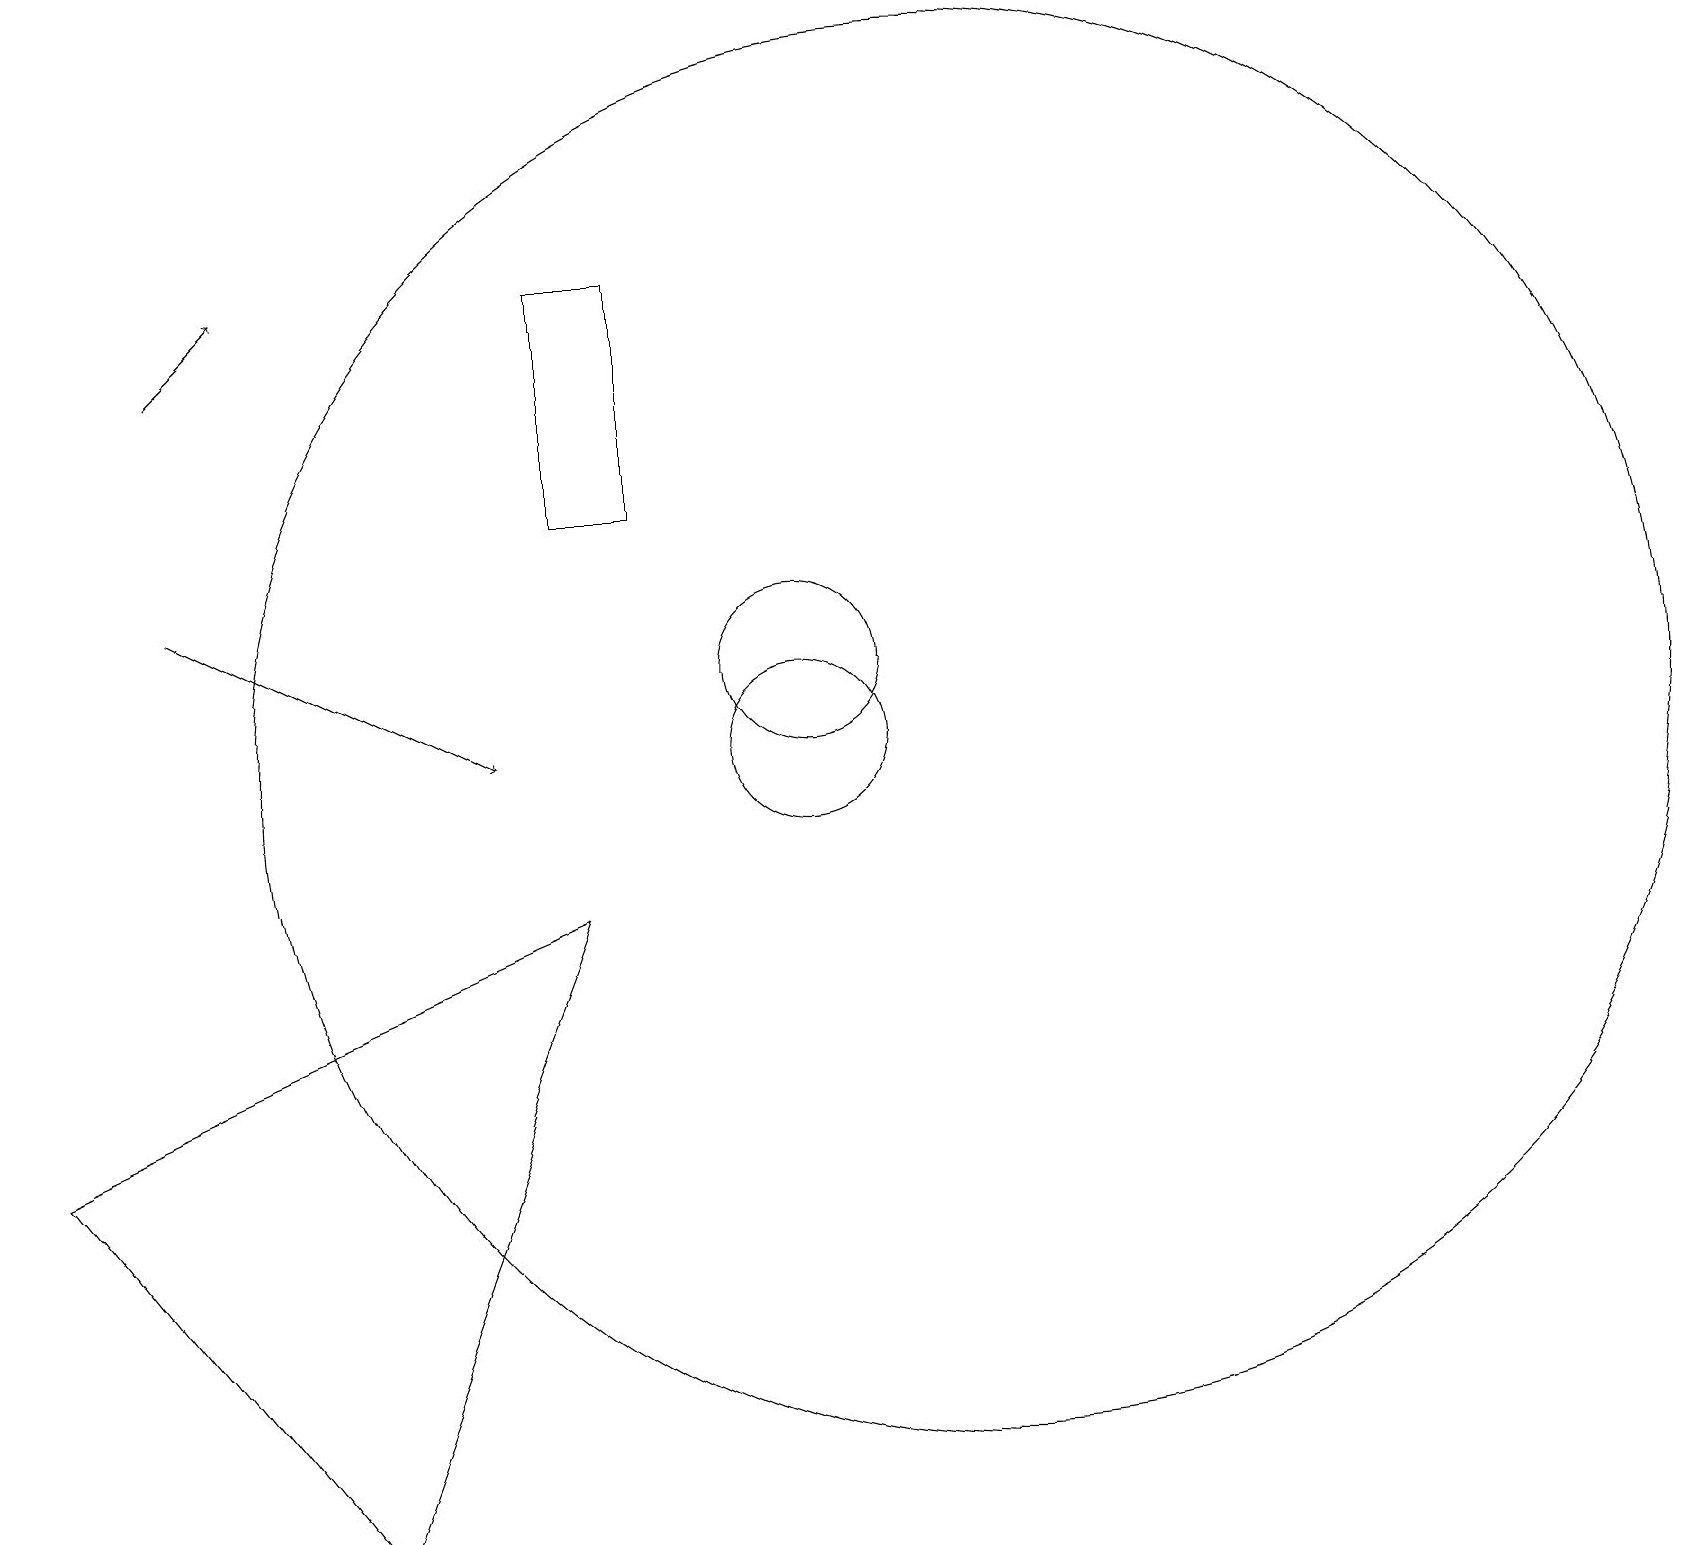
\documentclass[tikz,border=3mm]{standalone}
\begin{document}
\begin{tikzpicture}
\draw[->] (2,15) -- (3,16);
\draw (7,16) rectangle (8,13);
\draw[->] (2,12) -- (6,10);
\draw (4,0) -- (0,5) -- (7,8) -- cycle;
\draw (10,11) circle (1);
\draw (12,10) circle (9);
\draw (11,11) circle (0);
\draw (10,10) circle (1);
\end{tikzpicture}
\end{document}